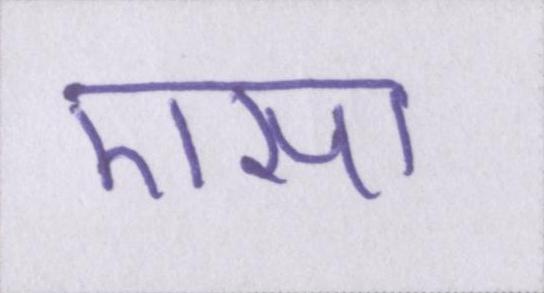
एसा